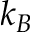
k _ { B }